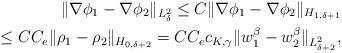
LaTeX: \begin{align*} \|\nabla\phi_1-\nabla\phi_2\|_{L^2_\delta}\leq C \|\nabla\phi_1-\nabla\phi_2\|_{H_{1,\delta+1}}\\ \leq C C_e \|\rho_1-\rho_2\|_{H_{0,\delta+2}}= C C_e c_{K,\gamma} \|w_1^\beta-w_2^\beta\|_{L^2_{\delta+2}}, \end{align*}